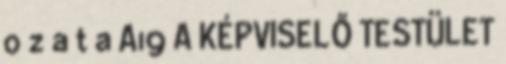
o z a t a A19 A KÉPVISELŐ TESTÜLET